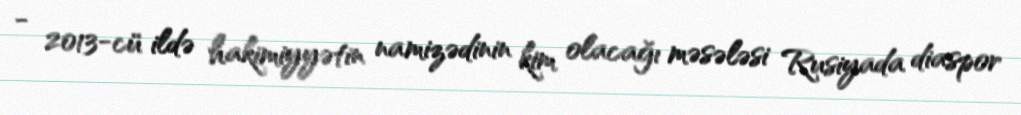
- 2013-cü ildə hakimiyyətin namizədinin kim olacağı məsələsi Rusiyada diaspor